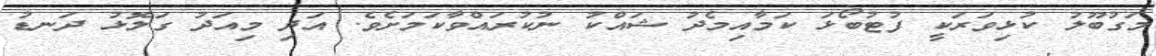
މަގުބޫލު ކުޅިވަރަކީ ފުޓުބޯޅަ ކަމާއިމެދު ޝައްކު ނުކުރައްވާކަމަށެވެ. އަދި މިއަދު ގަލޮޅު ދަނޑު